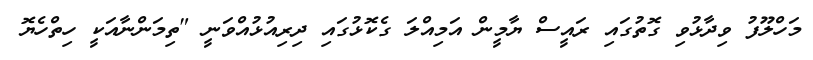
މަހްލޫފު ވިދާޅުވި ގޮތުގައި ރައީސް ޔާމީން އަމިއްލަ ގެކޮޅުގައި ދިރިއުޅުއްވަނީ "ތިމަންނާއަކީ ހިތްހެޔޮ